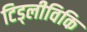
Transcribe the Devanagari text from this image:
टिड्लीविकि